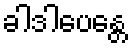
ခါဒါပေန္တေ